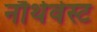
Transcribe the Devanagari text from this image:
नौर्थवेस्ट